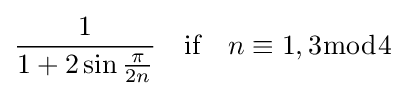
{\frac {1}{1+2\sin {\frac {\pi }{2n}}}}\quad {\text{if}}\quad n\equiv 1,3{\bmod {4}}